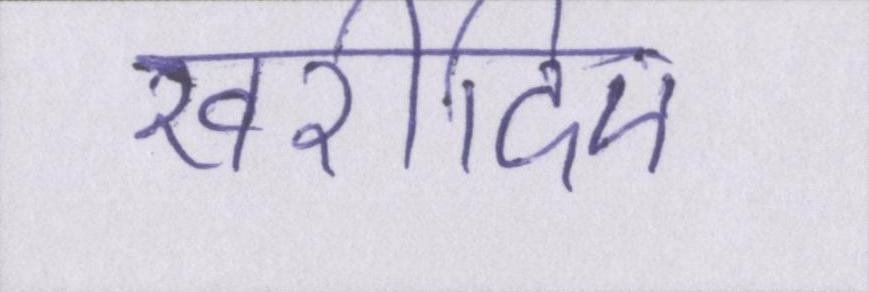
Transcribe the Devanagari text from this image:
खरीदिए